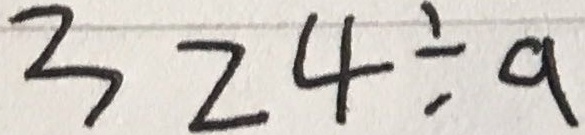
3 2 4 \div a